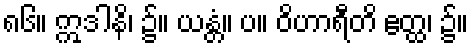
၈၆။ ဣဒါနိ၊ ၌။ ယန္တံ။ ပ။ ဝိဟာရီတိ ဧတ္ထ၊ ၌။